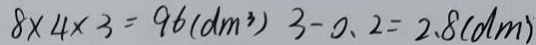
8 \times 4 \times 3 = 9 6 ( d m ^ { 3 } ) 3 - 0 . 2 = 2 . 8 ( d m )